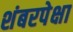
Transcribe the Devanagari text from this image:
शंबरपेक्षा